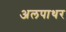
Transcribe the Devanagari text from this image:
अलपाथर